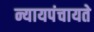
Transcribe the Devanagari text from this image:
न्यायपंचायते